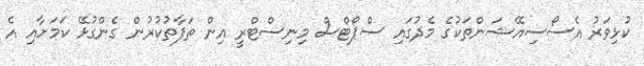
ކުޅިވަރު އެސޯސިއޭޝަންތަކުގެ މެދުގައި ސްޕޯޓްސް މިނިސްޓްރީ އިން ތަފާތުކުރުން ގެންގުޅޭ ކަމަށާއި އެ